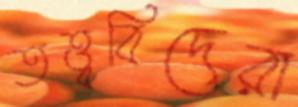
তত্ত্ববিদেরা